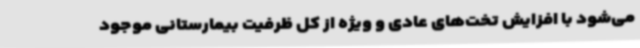
می‌شود با افزایش تخت‌های عادی و ویژه از کل ظرفیت بیمارستانی موجود